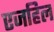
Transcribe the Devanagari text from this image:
एजहिल